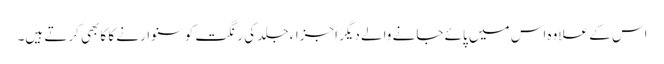
اس کے علاوہ اس میں پائے جانے والے دیگر اجزاء جلد کی رنگت کو سنوارنے کا کابھی کرتے ہیں۔